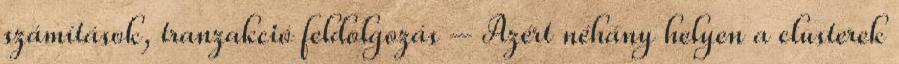
számítások, tranzakció feldolgozás – Azért néhány helyen a clusterek